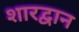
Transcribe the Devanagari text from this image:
शारद्वान